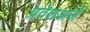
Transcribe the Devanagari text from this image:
प्रवेशअर्ज